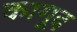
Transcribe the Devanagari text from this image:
कागूद